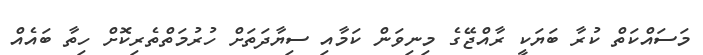
މަސައްކަތް ކުރާ ބަޔަކީ ރާއްޖޭގެ މިނިވަން ކަމާއި ސިޔާދަތަށް ހުރުމަތްތެރިކޮށް ހިތާ ބައެއް